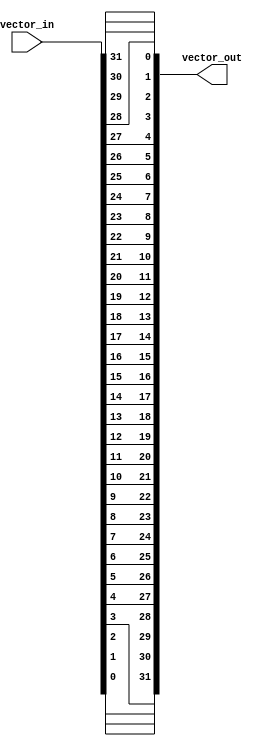
// This file is part of the Classic McEliece hardware source code.
// 
// Copyright (C) 2022
//
// 
// This source code is free software: you can redistribute it and/or modify it
// under the terms of the GNU General Public License as published by the Free
// Software Foundation, either version 3 of the License, or (at your option) any
// later version.
// 
// This source code is distributed in the hope that it will be useful, but
// WITHOUT ANY WARRANTY; without even the implied warranty of MERCHANTABILITY or
// FITNESS FOR A PARTICULAR PURPOSE. See the GNU General Public License for more
// details.
// 
// You should have received a copy of the GNU General Public License along with
// this source code. If not, see <https://www.gnu.org/licenses/>. 

module rearrange_vector(
    input [31:0] vector_in,
    output [31:0] vector_out
    );
    
    
 wire [31:0]  initial_arrange;
 
genvar i, j;
generate
    for (i=0; i<32/8; i=i+1) begin
        for (j=0; j<8; j =j+1) begin 
            assign initial_arrange[8*i+j] = vector_in[8*(i+1)-j-1]; 
        end    
    end
endgenerate

assign  vector_out[7:0]  = initial_arrange[31:24];
assign  vector_out[15:8] = initial_arrange[23:16];
assign  vector_out[23:16]= initial_arrange[15:8];
assign  vector_out[31:24]= initial_arrange[7:0];

endmodule